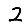
Digit: 2